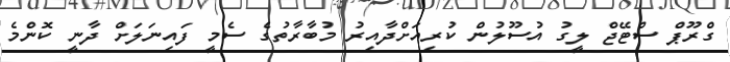
ގްރޫޕް ސްޓޭޖް ލީގު އުސޫލުން ކުރިއަށްދާއިރު މުބާރާތުގެ ސެމީ ފައިނަލަށް ދާނީ ކޮންމެ